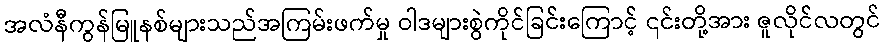
အလံနီကွန်မြူနစ်များသည်အကြမ်းဖက်မှု ဝါဒများစွဲကိုင်ခြင်းကြောင့် ၎င်းတို့အား ဇူလိုင်လတွင်